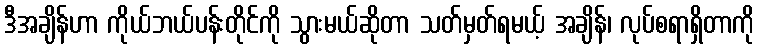
ဒီအချိန်ဟာ ကိုယ်ဘယ်ပန်းတိုင်ကို သွားမယ်ဆိုတာ သတ်မှတ်ရမယ့် အချိန်၊ လုပ်စရာရှိတာကို